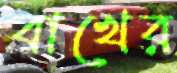
বাখের